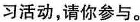
习活动，请你参与。